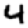
Digit: 4